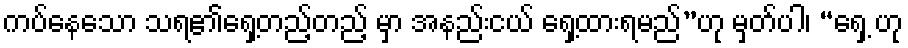
ကပ်နေသော သရ၏ရှေ့တည့်တည့် မှာ အနည်းငယ် ရှေ့ထားရမည်”ဟု မှတ်ပါ၊ “ရှေ့ ဟု